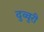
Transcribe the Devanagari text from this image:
दुव्वुरी